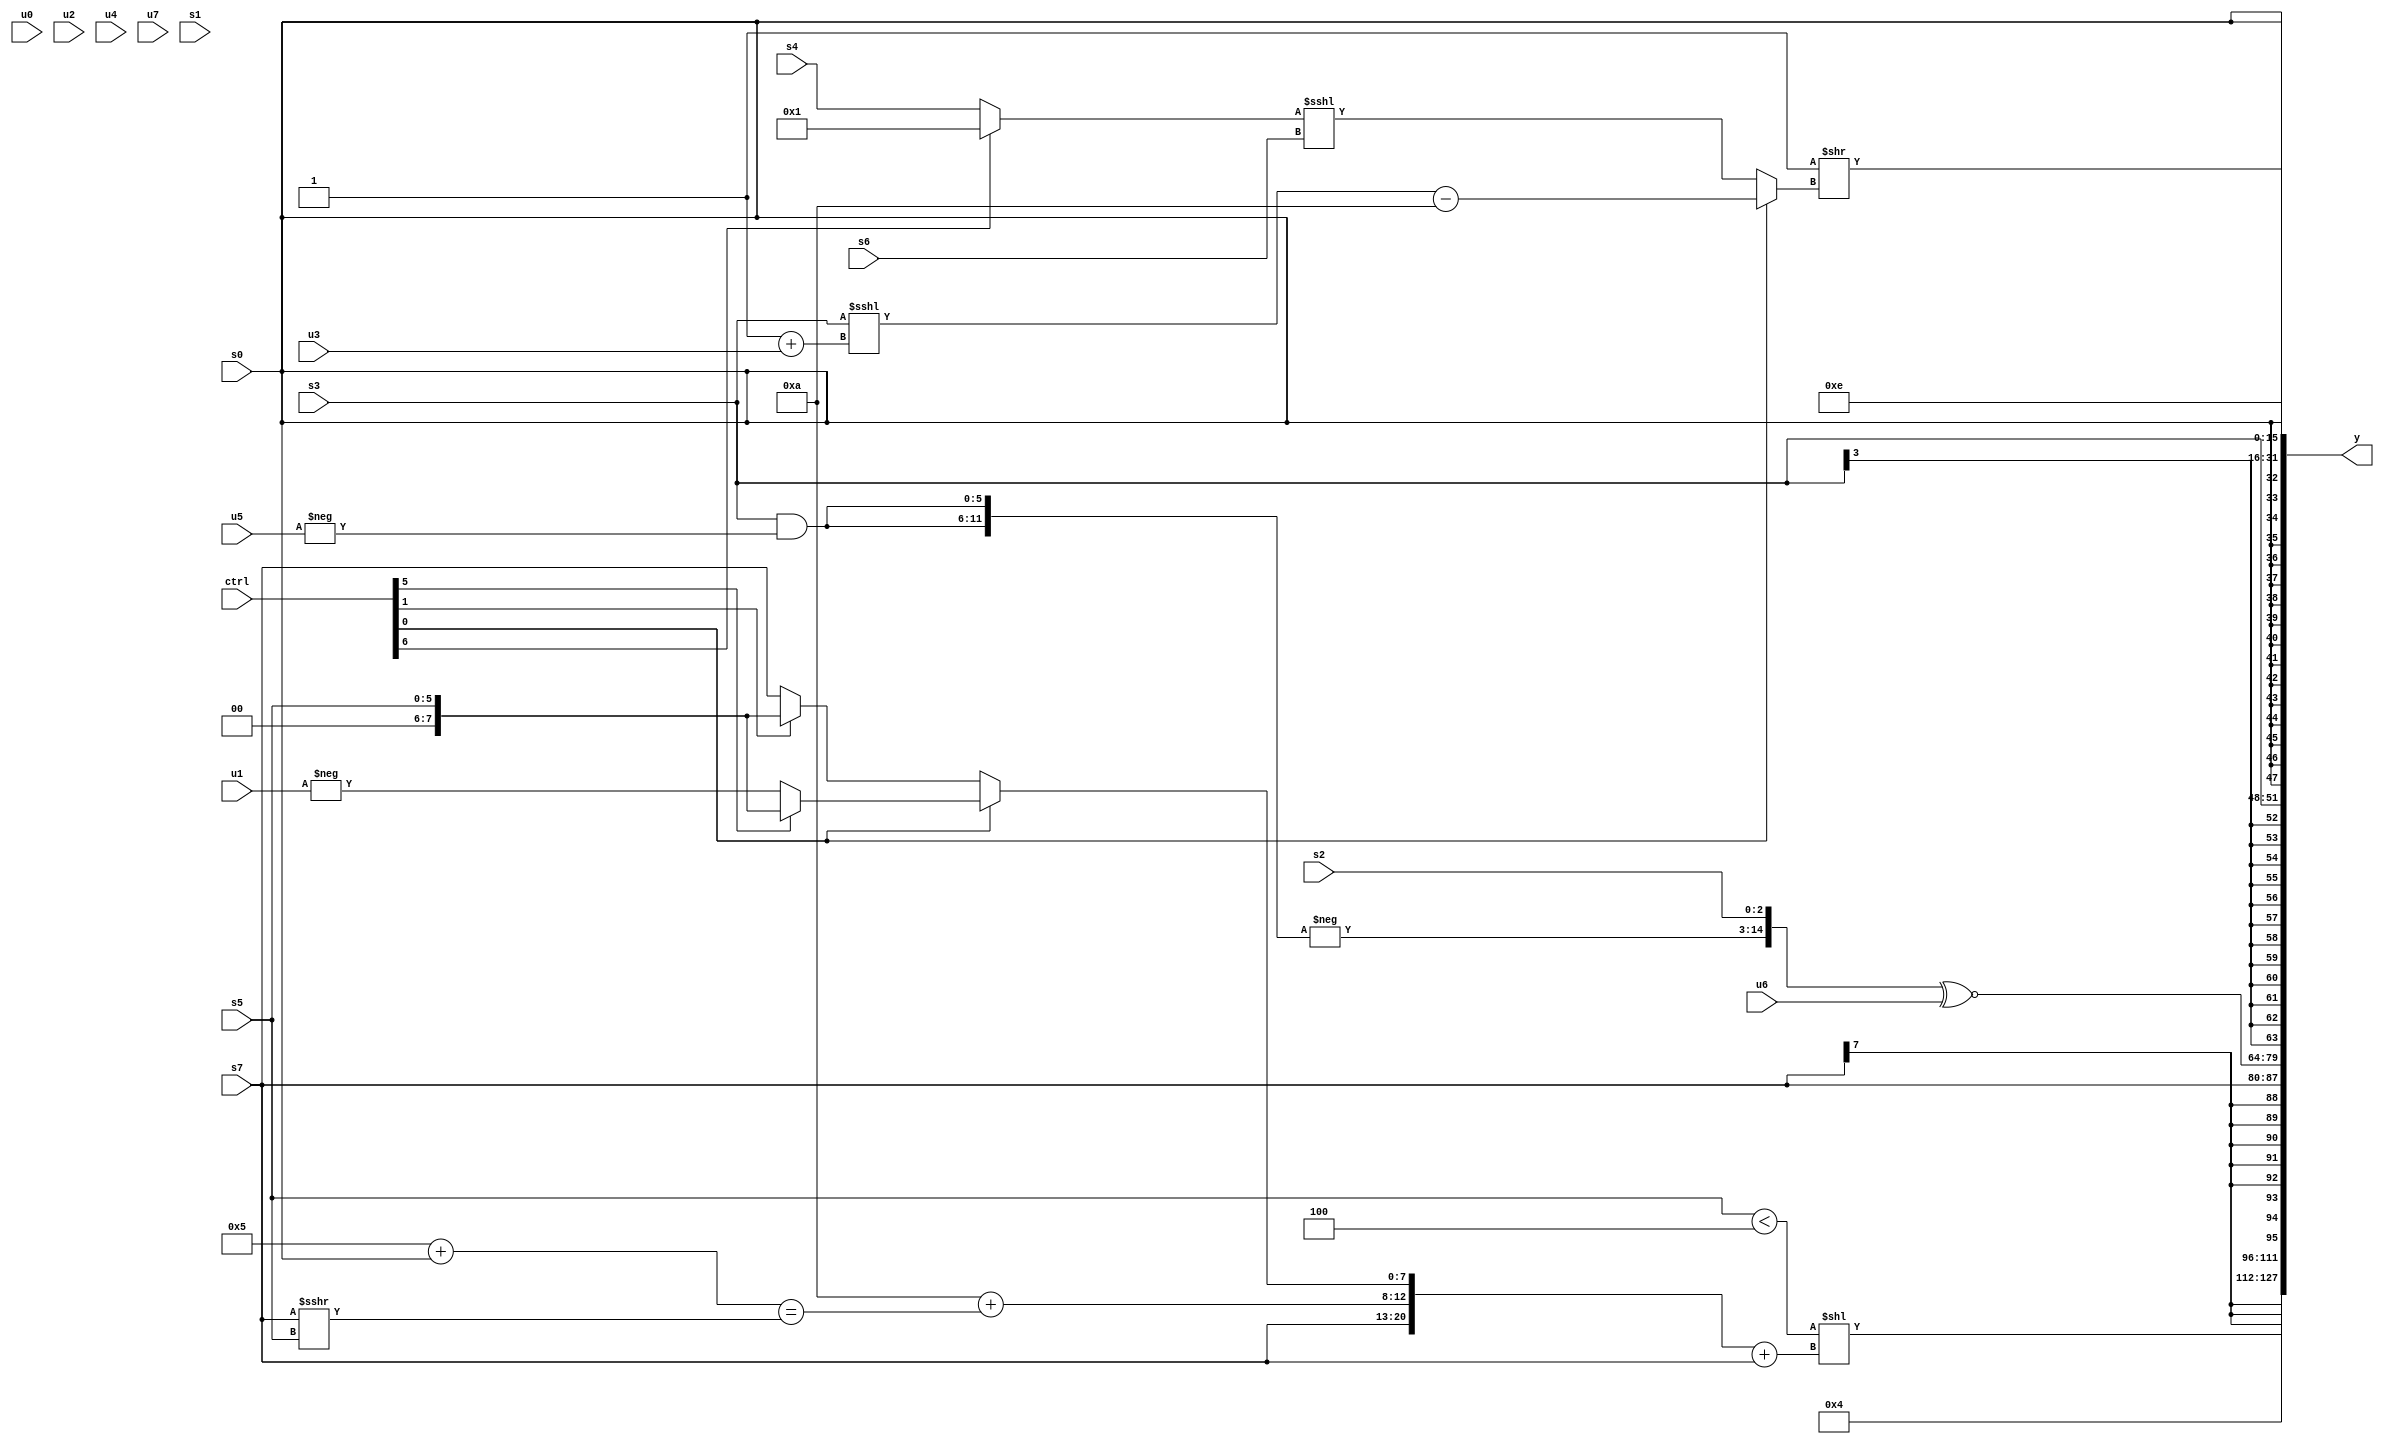
module wideexpr_00799(ctrl, u0, u1, u2, u3, u4, u5, u6, u7, s0, s1, s2, s3, s4, s5, s6, s7, y);
  input [7:0] ctrl;
  input [0:0] u0;
  input [1:0] u1;
  input [2:0] u2;
  input [3:0] u3;
  input [4:0] u4;
  input [5:0] u5;
  input [6:0] u6;
  input [7:0] u7;
  input signed [0:0] s0;
  input signed [1:0] s1;
  input signed [2:0] s2;
  input signed [3:0] s3;
  input signed [4:0] s4;
  input signed [5:0] s5;
  input signed [6:0] s6;
  input signed [7:0] s7;
  output [127:0] y;
  wire [15:0] y0;
  wire [15:0] y1;
  wire [15:0] y2;
  wire [15:0] y3;
  wire [15:0] y4;
  wire [15:0] y5;
  wire [15:0] y6;
  wire [15:0] y7;
  assign y = {y0,y1,y2,y3,y4,y5,y6,y7};
  assign y0 = (($signed(+($unsigned(+(s5)))))<(5'b00100))<<(({s7,($signed((5'sb01000)+(2'b10)))+(((6'sb000101)+(s0))==((s7)>>>(s5))),(ctrl[0]?(ctrl[5]?s5:-(u1)):(ctrl[1]?$signed(s5):s7))})+($unsigned(s7)));
  assign y1 = 5'sb00100;
  assign y2 = +(s7);
  assign y3 = ({-({2{(s3)&(-(+(u5)))}}),s2})^~(u6);
  assign y4 = s3;
  assign y5 = s0;
  assign y6 = (+(5'sb11111))>>((ctrl[0]?((s3)<<<(($signed(1'sb1))+(u3)))-(($signed(3'sb101))+(-(3'sb011))):$signed(((ctrl[6]?$signed(2'sb01):s4))<<<(s6))));
  assign y7 = -(6'sb110010);
endmodule